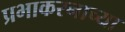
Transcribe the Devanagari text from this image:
प्रभाकरनाच्या